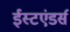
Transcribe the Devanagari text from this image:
ईस्टएंडर्स